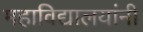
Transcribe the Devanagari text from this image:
महाविद्यालयांनी